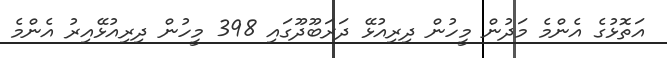
އަތޮޅުގެ އެންމެ މަދުން މީހުން ދިރިއުޅޭ ދަރަބޫދޫގައި 398 މީހުން ދިރިއުޅޭއިރު އެންމެ